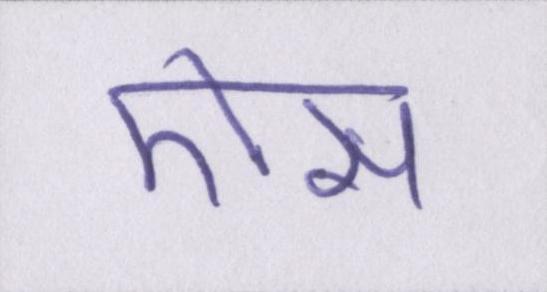
ऎसा